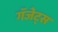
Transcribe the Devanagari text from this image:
गॅजेट्स